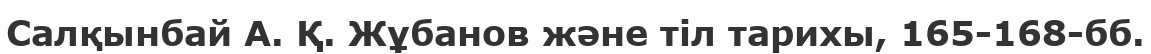
Салқынбай А. Қ. Жұбанов және тіл тарихы, 165-168-бб.